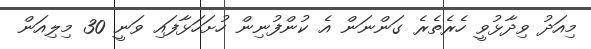
މިއަދު ވިދާޅުވީ ހެރެތެރެ ގަންނަން އެ ކުންފުނިން ހުށަހަޅާފައި ވަނީ 30 މިލިއަން